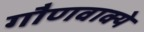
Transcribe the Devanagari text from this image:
गौणवाक्ये